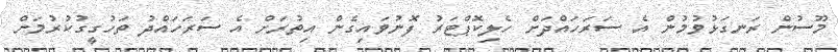
މޫސުން ރަނގަޅުވުމުން އެ ސަރަހައްދަށް ހެލިކޮޕްޓަރު ފޮނުވައިގެން އިތުރަށް އެ ސަރަހައްދު ތަހުގީގުކުރުމަށް